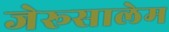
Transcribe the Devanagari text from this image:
जेरूसालेम